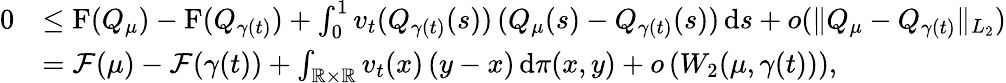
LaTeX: \begin{array}{rl}{0}&{\leq\mathrm{F}(Q_{\mu})-\mathrm{F}(Q_{\gamma(t)})+\int_{0}^{1}v_{t}(Q_{\gamma(t)}(s))\, (Q_{\mu}(s)-Q_{\gamma(t)}(s))\, \mathrm{d}s+o(\| Q_{\mu}-Q_{\gamma(t)}\| _{L_{2}})}\\ &{=\mathcal F(\mu)-\mathcal F(\gamma(t))+\int_{\mathbb{R}\times\mathbb{R}}v_{t}(x)\, (y-x)\, \mathrm{d}\pi(x,y)+o\left(W_{2}(\mu,\gamma(t))\right),}\end{array}